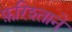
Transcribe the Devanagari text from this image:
फ़रिश्ताने